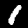
Label: 1